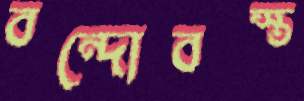
বন্দোবস্ত